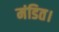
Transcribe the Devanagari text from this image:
मंडित।